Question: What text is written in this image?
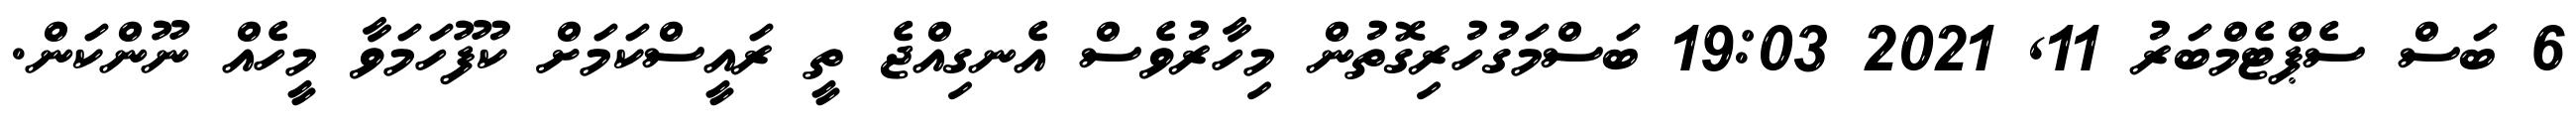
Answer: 6 ބަސް ސެޕްޓެމްބަރު 11, 2021 19:03 ބަސްމަގުހުރިގޮތުން މިހާރުވެސް އެނގިއްޖެ ތީ ރައީސްކަމަށް ކުފޫހަމަވާ މީހެއް ނޫންކަން.